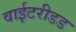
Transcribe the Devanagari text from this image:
वाईटरीडड